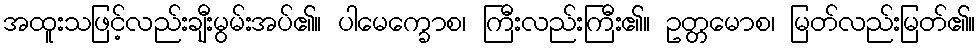
အထူးသဖြင့်လည်းချီးမွမ်းအပ်၏။ ပါမေက္ခောစ၊ ကြီးလည်းကြီး၏။ ဥတ္တမောစ၊ မြတ်လည်းမြတ်၏။